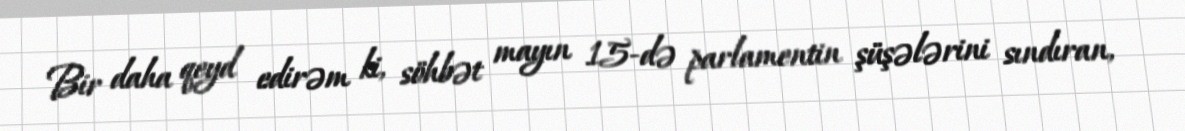
Bir daha qeyd edirəm ki, söhbət mayın 15-də parlamentin şüşələrini sındıran,